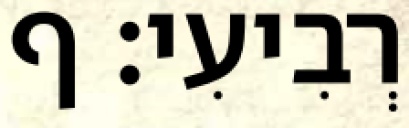
רְבִיעִי׃ ף